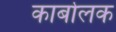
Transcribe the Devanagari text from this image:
कार्बोलक